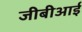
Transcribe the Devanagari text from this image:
जीबीआई